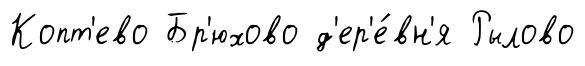
Копт'ево Бр'юхово д'ер'е́вн'я Рылово